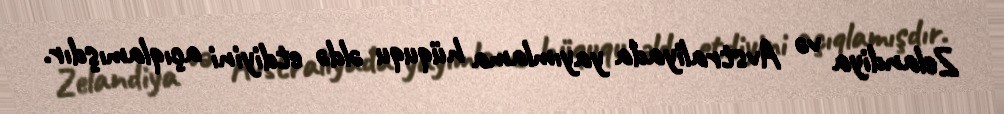
Zelandiya və Avstraliyada yayımlama hüququ əldə etdiyini açıqlamışdır.